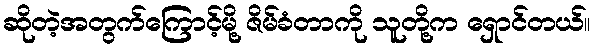
ဆိုတဲ့အတွက်ကြောင့်မို့ ဇိမ်ခံတာကို သူတို့က ရှောင်တယ်။